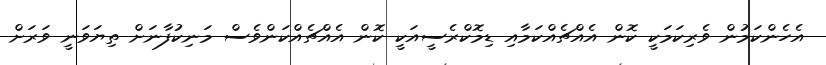
އެހެންކަމުން ވެރިކަމަކީ ކޮން އެއްޗެއްކަމާއި ޑިމޮކްރެސީއަކީ ކޮން އެއްޗެއްކަންވެސް މަނިކުފާނަށް ތިޔަވަނީ ވަރަށް